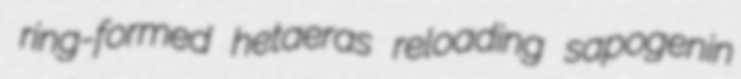
ring-formed hetaeras reloading sapogenin